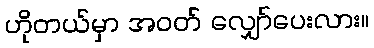
ဟိုတယ်မှာ အဝတ် လျှော်ပေးလား။